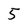
Character: 5